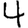
Digit: 4